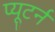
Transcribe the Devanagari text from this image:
प्यूटर्न